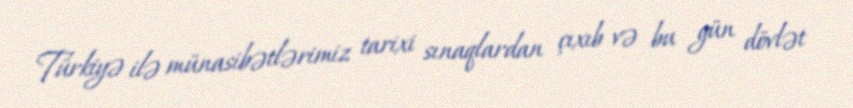
Türkiyə ilə münasibətlərimiz tarixi sınaqlardan çıxıb və bu gün dövlət